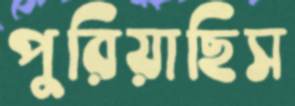
পুরিয়াছিস